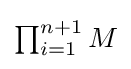
{\textstyle \prod _{i=1}^{n+1}M}